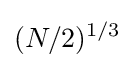
(N/2)^{1/3}